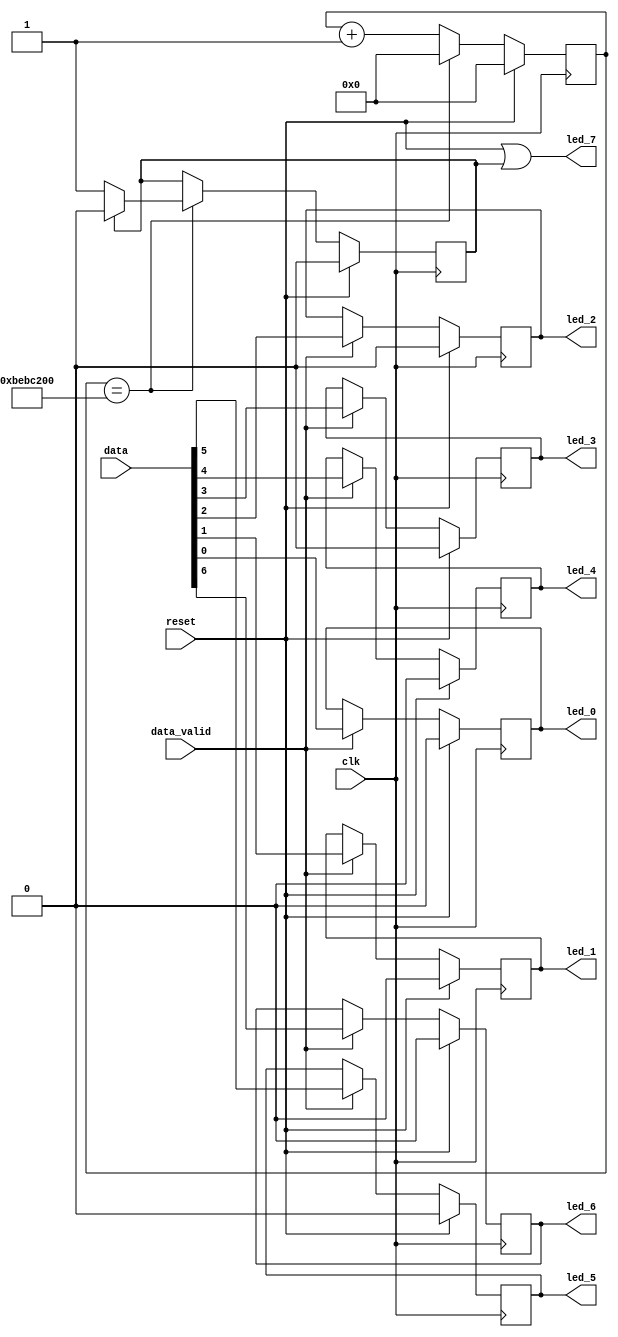
`timescale 1ns / 1ps

module led_driver(
        reset,
        clk,
		data,
		data_valid,
        led_0,
        led_1,
        led_2,
        led_3,
        led_4,
        led_5,
        led_6,
        led_7
    );
    input reset, clk;
   	input [7:0] data;
	input data_valid;	
    output led_0;
    output led_1;
    output led_2;
    output led_3;
    output led_4;
    output led_5;
    output led_6;
    output led_7;

    reg [0:31] clk_counter;
    reg [0:0] flap;
	reg led_0, led_1, led_2, led_3, led_4, led_5, led_6;
    
    localparam MAX = 32'd200_000_000;
    
    assign led_7 = reset | flap;
    
    always@(posedge clk)    begin
        if (reset) begin
            flap <= 0;
            clk_counter <= 17'd0;
        end
        else begin
          if (clk_counter == MAX) begin
               clk_counter <= 32'd0;
               if (flap == 'b1)
                    flap <= 'b0;
               else
                    flap <= 'b1;
          end
          else begin
            clk_counter <= clk_counter + 1'b1;  
          end
       end
    end

    always@(posedge clk)    begin
        if (reset) begin
			led_0 <= 0;
			led_1 <= 0;
			led_2 <= 0;
			led_3 <= 0;
			led_4 <= 0;
			led_5 <= 0;
			led_6 <= 0;
        end
		else begin
			if (data_valid == 1) begin
				led_0 <= data[0];
				led_1 <= data[1];
				led_2 <= data[2];
				led_3 <= data[3];
				led_4 <= data[4];
				led_5 <= data[5];
				led_6 <= data[6];
			end
		end
	end

endmodule